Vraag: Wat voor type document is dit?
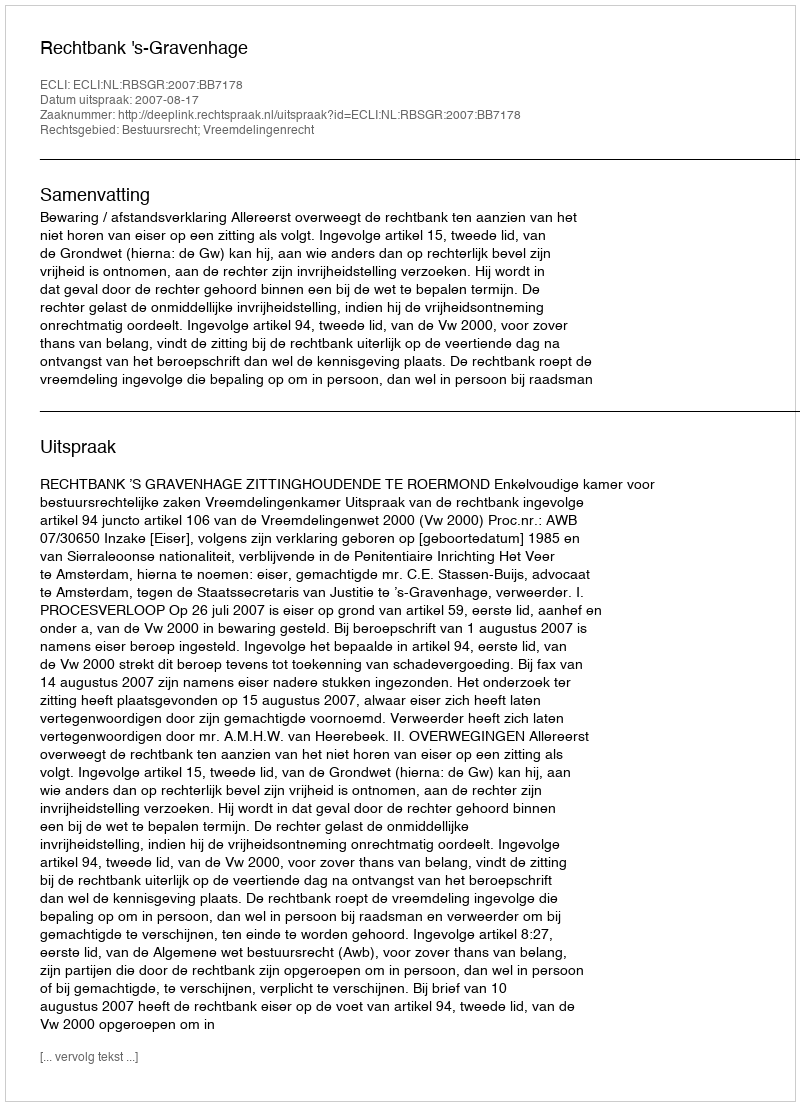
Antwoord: Uitspraak